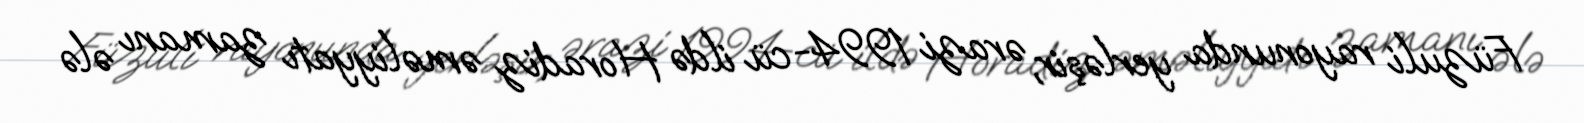
Füzuli rayonunda yerləşir, ərazi 1994-cü ildə Horadiz əməliyyatı zamanı ələ